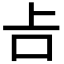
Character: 𠮳